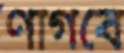
ণাগবে